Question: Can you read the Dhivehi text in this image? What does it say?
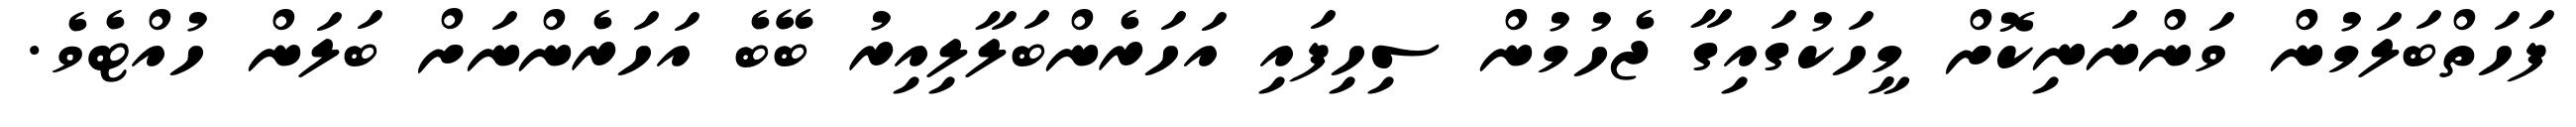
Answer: ފަހަތްބަލަމުން ވަންނަނިކޮށް މީހަކުގައިގާ ޖެހުމުން ސިހިފައި އަހަރެންބަލާލިއިރު ބޭބެ އަހަރެންނަށް ބަލަން ހުއްޓެވެ.